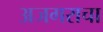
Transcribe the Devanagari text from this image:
अजगराचा